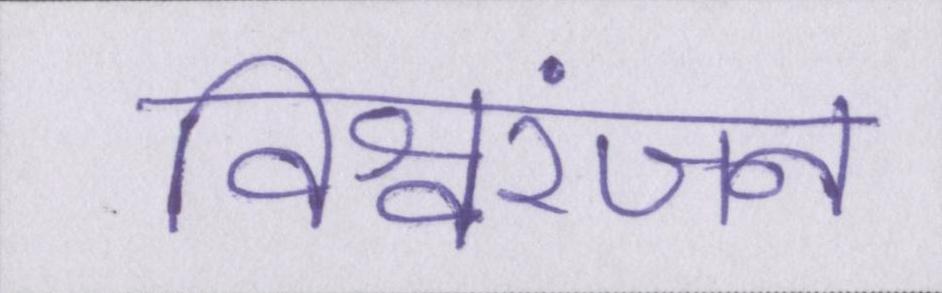
विश्वरंजन